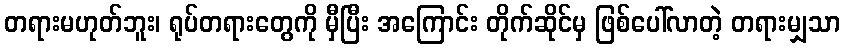
တရားမဟုတ်ဘူး၊ ရုပ်တရားတွေကို မှီပြီး အကြောင်း တိုက်ဆိုင်မှ ဖြစ်ပေါ်လာတဲ့ တရားမျှသာ